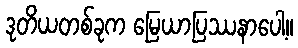
ဒုတိယတစ်ခုက မြေယာပြဿနာပေါ့။